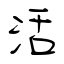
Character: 活